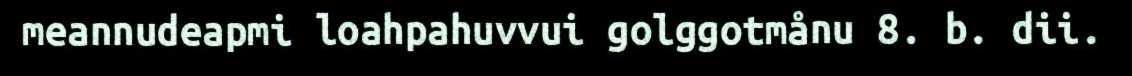
meannudeapmi loahpahuvvui golggotmånu 8. b. dii.